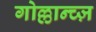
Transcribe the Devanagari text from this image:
गोल्लान्च्ज़